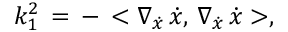
k _ { 1 } ^ { 2 } \, = \, - \, < \nabla _ { \dot { x } } \, \dot { x } , \, \nabla _ { \dot { x } } \, \dot { x } > ,